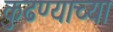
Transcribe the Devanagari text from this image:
कुढण्याच्या